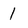
Character: 1